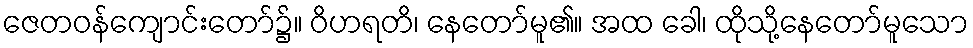
ဇေတဝန်ကျောင်းတော်၌။ ဝိဟရတိ၊ နေတော်မူ၏။ အထ ခေါ၊ ထိုသို့နေတော်မူသော